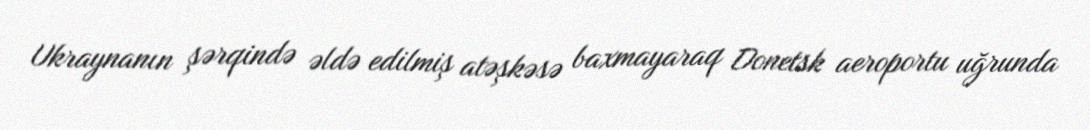
Ukraynanın şərqində əldə edilmiş atəşkəsə baxmayaraq Donetsk aeroportu uğrunda